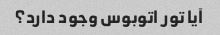
آیا تور اتوبوس وجود دارد؟